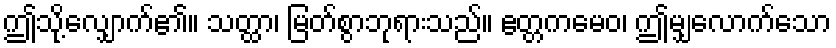
ဤသို့လျှောက်၏။ သတ္ထာ၊ မြတ်စွာဘုရားသည်။ ဧတ္တကမေဝ၊ ဤမျှလောက်သော